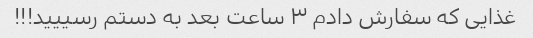
غذایی که سفارش دادم ۳ ساعت بعد به دستم رسییید!!!